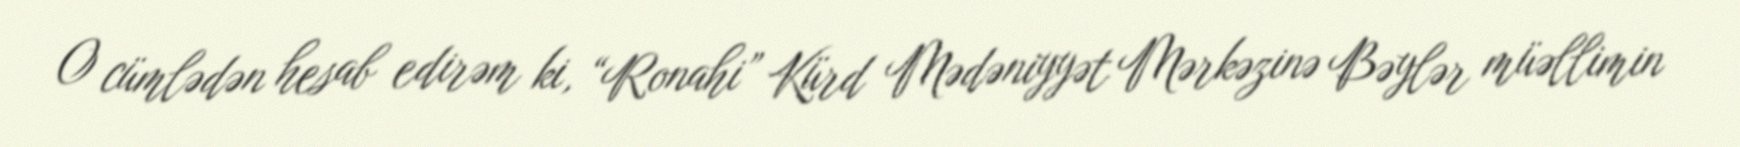
O cümlədən hesab edirəm ki, “Ronahi” Kürd Mədəniyyət Mərkəzinə Bəylər müəllimin